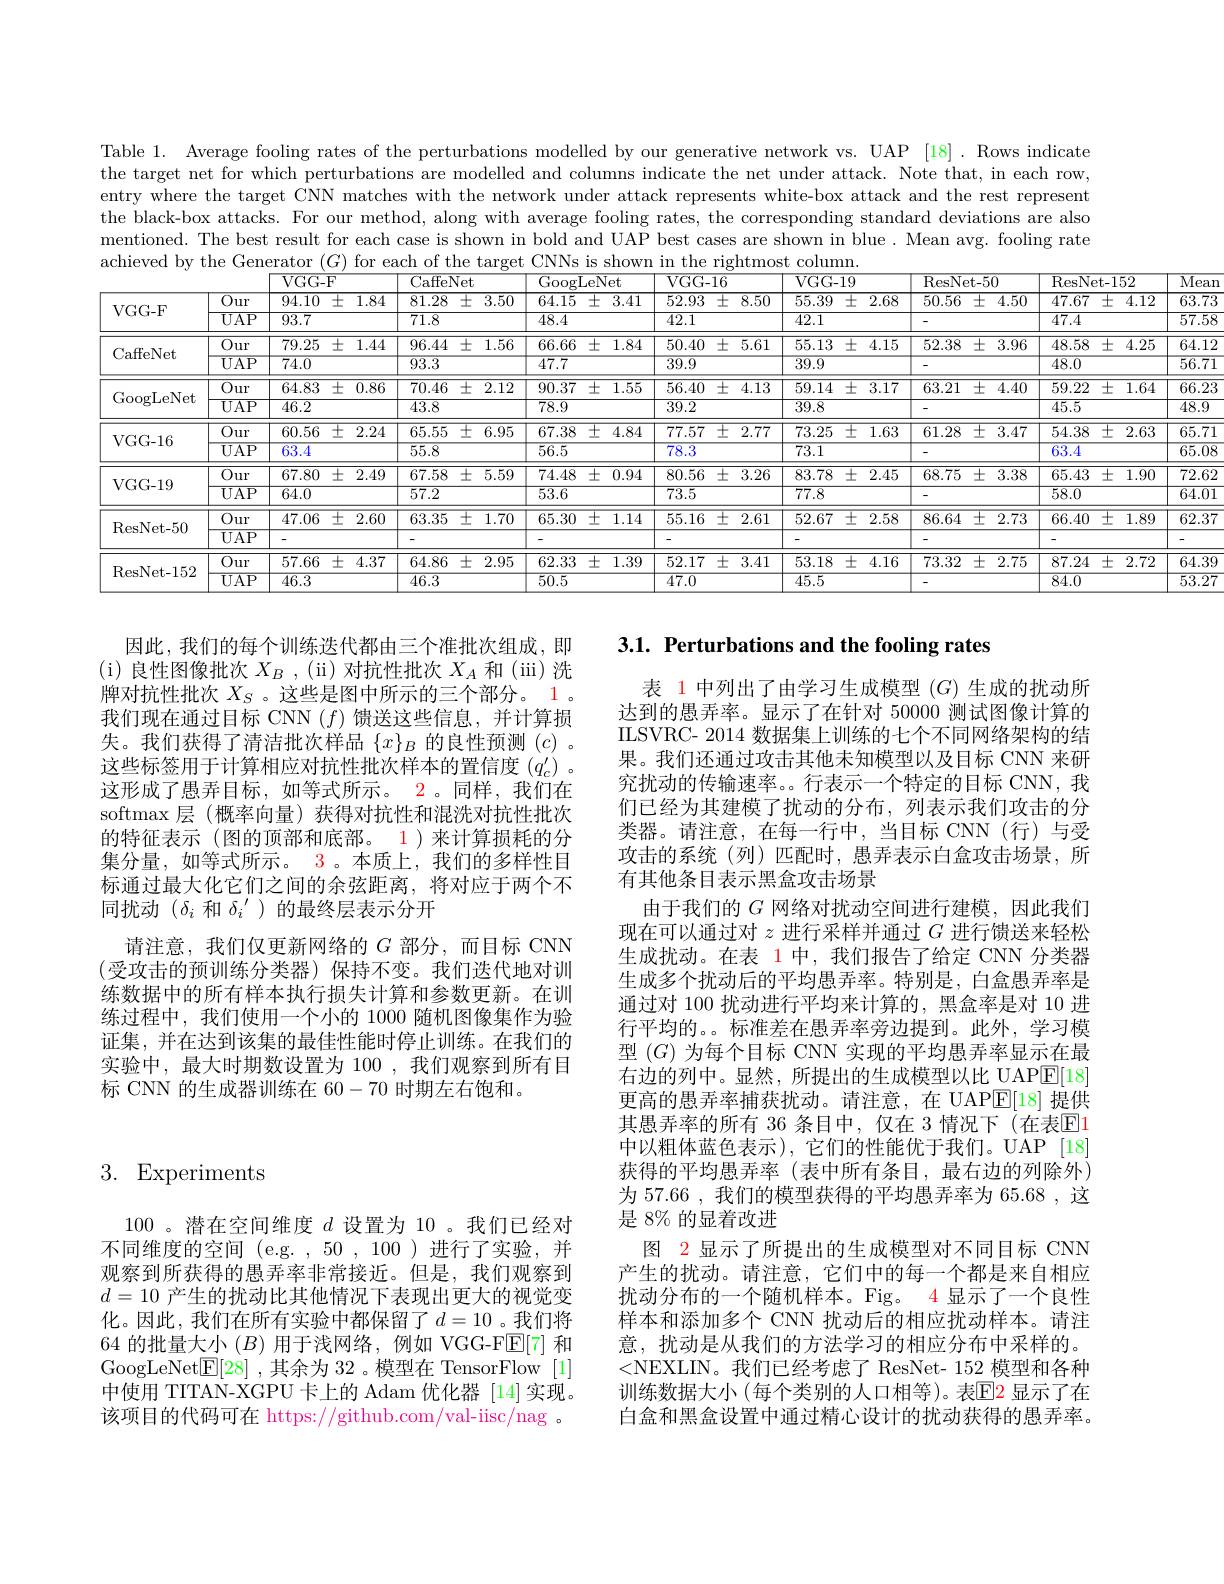
Table 1. Average fooling rates of the perturbations modelled by our generative network vs. UAP [18]. Rows indicate the target net for which perturbations are modelled and columns indicate the net under attack. Note that, in each row, entry where the target CNN matches with the network under attack represents white-box attack and the rest represent the black-box attacks. For our method, along with average fooling rates, the corresponding standard deviations are also mentioned. The best result for each case is shown in bold and UAP best cases are shown in blue . Mean avg. fooling rate achieved by the Generator $(G)$ for each of the target CNNs is shown in the rightmost column

<table>
	<tbody>
		<tr>
			<th> </th>
			<th> </th>
			<th>$VGG-F$</th>
			<th>$\overline{\mathrm{C}}$</th>
			<th colspan="2">CaffeNet</th>
			<th colspan="3">GoogLeNet</th>
			<th colspan="2">VGG- 16</th>
			<th>$VGG-19$</th>
			<th>$\overline{{\mathrm{GG-19}}}$</th>
			<th colspan="2">ResNet- 50</th>
			<th colspan="3">ResNet-152</th>
			<th rowspan="2">$\overline{\mathrm{Me}}$ $\overline{63}.$</th>
		</tr>
		<tr>
			<th rowspan="2">VGG- F</th>
			<th>$\overline{Our}$</th>
			<th>94.10 王 1.8</th>
			<th>$\overline{84}$ 8</th>
			<th>;1.28 士</th>
			<th>$\overline{3.50}$</th>
			<th>$\overline{64.15}$</th>
			<th>王 5 3</th>
			<th>$\overline{3.41}$</th>
			<th>52.93 王 8.5(</th>
			<th>52.93 土 $8.5C$</th>
			<th>55.39 王</th>
			<th>$\overline{5.39}$ 王 2.68</th>
			<th>$\overline{50.56}$ 士</th>
			<th>$\ddot{j}$ 王 $\overline{4.50}$</th>
			<th>$\overline{47.67}$</th>
			<th>$\overline{7}$ 王</th>
			<th>$\overline{4.12}$</th>
		</tr>
		<tr>
			<td>$\overline{\mathrm{UAP}}$</td>
			<td>93.7</td>
			<td>7</td>
			<td>1.8</td>
			<td> </td>
			<td>$\overline{48.4}$</td>
			<td> </td>
			<td> </td>
			<td>42.1</td>
			<td>$\overline{42.1}$</td>
			<td>42.1</td>
			<td>2.1</td>
			<td> </td>
			<td> </td>
			<td>$\overline{47.4}$</td>
			<td> </td>
			<td> </td>
			<td>$\overline{57}.$</td>
		</tr>
		<tr>
			<td rowspan="2">CaffeNet</td>
			<td>$\overline{Our}$</td>
			<td>79.25 土 1.4</td>
			<td>.44 $9\epsilon$</td>
			<td>16.44 土</td>
			<td>1.56</td>
			<td>66.66</td>
			<td>6 士 </td>
			<td>1.84</td>
			<td>50.40 土 5.61</td>
			<td>50.40 土 5.61</td>
			<td>士 55.13</td>
			<td>5.13 士 4.15</td>
			<td>52.38 士</td>
			<td>士 3.96</td>
			<td>48.58</td>
			<td>王 .8</td>
			<td>4.25</td>
			<td>$\overline{64}.$</td>
		</tr>
		<tr>
			<td>$\overline{\mathrm{UAP}}$</td>
			<td>$\overline{74.0}$</td>
			<td>$\overline{9}$</td>
			<td>$\overline{13.3}$</td>
			<td> </td>
			<td>$\overline{47.7}$</td>
			<td> </td>
			<td> </td>
			<td>$\overline{39.9}$</td>
			<td>39.9</td>
			<td>$\overline{39.9}$</td>
			<td>$\overline{9.9}$</td>
			<td> </td>
			<td> </td>
			<td>$\overline{48.0}$</td>
			<td> </td>
			<td> </td>
			<td>$\overline{56}$</td>
		</tr>
		<tr>
			<td rowspan="2">GoogLeNet</td>
			<td>$\overline{Our}$</td>
			<td>64.83 士 0.8</td>
			<td>86 $7t$</td>
			<td>70.46 士</td>
			<td>2.12</td>
			<td>90.37</td>
			<td>士 1 7</td>
			<td>1.55</td>
			<td>56.40 士 4.1</td>
			<td>56.40 士 4.13</td>
			<td>士 59.14</td>
			<td>9.14 士 3.17</td>
			<td>63.21 $\pm$</td>
			<td>士 4.40 1</td>
			<td>59.22</td>
			<td>王 2</td>
			<td>1.64</td>
			<td>66</td>
		</tr>
		<tr>
			<td>$\overline{\mathrm{UAP}}$</td>
			<td>$\overline{46.2}$</td>
			<td>$\overline{4{:}}$</td>
			<td>:3.8</td>
			<td> </td>
			<td>$\overline{78.9}$</td>
			<td> </td>
			<td> </td>
			<td>39.2</td>
			<td>39.2</td>
			<td>39.8</td>
			<td>9.8</td>
			<td> </td>
			<td> </td>
			<td>$\overline{45.5}$</td>
			<td> </td>
			<td> </td>
			<td>$\overline{48}$</td>
		</tr>
		<tr>
			<td rowspan="2">VGG- 16</td>
			<td>$\overline{Our}$</td>
			<td>60.56 王 2.2</td>
			<td>6! 24</td>
			<td>$i5.55$ 十</td>
			<td>6.95</td>
			<td>67.38</td>
			<td>王 8 $\angle$</td>
			<td>4.84</td>
			<td>77.57 王 $2.7^{\prime}$</td>
			<td>77.57 土 2.77</td>
			<td>土 73.25</td>
			<td>3.25 王 1.63</td>
			<td>61.28 土</td>
			<td>$\pm$ 3.47</td>
			<td>54.38</td>
			<td>王 :8</td>
			<td>2.63</td>
			<td>$\overline{65}$</td>
		</tr>
		<tr>
			<td>$\overline{\mathrm{UAP}}$</td>
			<td>63.4</td>
			<td>$\overline{5!}$</td>
			<td>$\overline{5.8}$</td>
			<td> </td>
			<td>$\overline{56.5}$</td>
			<td> </td>
			<td> </td>
			<td>78.3</td>
			<td>78.3</td>
			<td>$\overline{73.1}$</td>
			<td>$\overline{3.1}$</td>
			<td> </td>
			<td> </td>
			<td>$\overline{63.4}$</td>
			<td> </td>
			<td> </td>
			<td>$\overline{65}$</td>
		</tr>
		<tr>
			<td rowspan="2">VGG- 19</td>
			<td>$\overline{Our}$</td>
			<td>67.80 土 2.4</td>
			<td>49 $6'$</td>
			<td>$i7.58$ 士 K 1</td>
			<td>5.59</td>
			<td>74.48</td>
			<td>8 士 10</td>
			<td>0.94</td>
			<td>80.56 土 $3.2\epsilon$</td>
			<td>30.56 土 $3.2€$</td>
			<td>士 83.78</td>
			<td>3.78 士 2.45</td>
			<td>68.75 士</td>
			<td>士 3.38 1</td>
			<td>65.43</td>
			<td>士 3</td>
			<td>$\overline{1.90}$</td>
			<td>$\overline{72}$</td>
		</tr>
		<tr>
			<td>$\overline{\mathrm{UAP}}$</td>
			<td>64.0</td>
			<td>$\overline{5^{\prime}}$</td>
			<td>$\overline{7.2}$</td>
			<td> </td>
			<td>$\overline{53.6}$</td>
			<td> </td>
			<td> </td>
			<td>$\overline{73.5}$</td>
			<td>$\overline{73.5}$</td>
			<td>$\overline{77.8}$</td>
			<td>$\overline{7.8}$</td>
			<td> </td>
			<td> </td>
			<td>$\overline{58.0}$</td>
			<td> </td>
			<td> </td>
			<td>$\overline{64}.$</td>
		</tr>
		<tr>
			<td rowspan="2">ResNet- 50</td>
			<td>$\overline{Our}$</td>
			<td>47.06 王 2.6</td>
			<td>60 6</td>
			<td>$i3.35$ 土</td>
			<td>1.70</td>
			<td>65.30</td>
			<td>王 0 1</td>
			<td>1.14</td>
			<td>55.16 王 2.61</td>
			<td>$\overline{55.16}$ $\pm$ 2.61</td>
			<td>52.67 土</td>
			<td>2.67 王 2.58</td>
			<td>86.64 王</td>
			<td>1 $\pm$ 2.73</td>
			<td>66.40</td>
			<td>王 0</td>
			<td>1.89</td>
			<td>$\overline{62}.$</td>
		</tr>
		<tr>
			<td>$\overline{\mathrm{UAP}}$</td>
			<td rowspan="1"> </td>
			<td> </td>
			<td> </td>
			<td> </td>
			<td>-</td>
			<td> </td>
			<td> </td>
			<td> </td>
			<td> </td>
			<td> </td>
			<td> </td>
			<td>-</td>
			<td> </td>
			<td>-</td>
			<td> </td>
			<td> </td>
			<td>-</td>
		</tr>
		<tr>
			<td rowspan="2">ResNet- 152</td>
			<td>$\overline{Our}$</td>
			<td>57.66 土 4.3</td>
			<td>37 </td>
			<td>$i4.86$ 士 1</td>
			<td>2.95</td>
			<td>62.33</td>
			<td> 士 </td>
			<td>1.39</td>
			<td>52.17 土 3.41</td>
			<td>52.17 土 3.41</td>
			<td>士 53.18 $k$ </td>
			<td>3.18 土 4.16</td>
			<td>73.32 </td>
			<td>2.75 土</td>
			<td>87.24</td>
			<td colspan="3">37.24 2.72 64.</td>
		</tr>
		<tr>
			<td>$\overline{\mathrm{UAP}}$</td>
			<td rowspan="1">$\overline{46.3}$</td>
			<td>$\overline{4\epsilon}$</td>
			<td>:6.3</td>
			<td> </td>
			<td colspan="2">$\overline{50.5}$</td>
			<td> </td>
			<td>$\overline{47.0}$</td>
			<td>$\overline{47.0}$</td>
			<td>$\overline{45.5}$</td>
			<td>$\overline{5.5}$</td>
			<td> </td>
			<td> </td>
			<td colspan="3">$\overline{84.0}$ $\overline{5}$</td>
			<td>$\overline{53}$</td>
		</tr>
	</tbody>
</table>

3.1. Perturbations and the fooling rates

因此，我们的每个训练迭代都由三个准批次组成，即(i)良性图像批次$X_B$, (ii) 对抗性批次$X_A$和(iii)洗牌对抗性批次$X_S$ 。这些是图中所示的三个部分。1。我们现在通过目标 CNN $(f)$馈送这些信息，并计算损失。我们获得了清洁批次样品$\{x\}_B$的良性预测$(c)$ 。这些标签用于计算相应对抗性批次样本的置信度$(q_c^{\prime})$ 。这形成了愚弄目标，如等式所示。2。同样，我们在softmax 层(概率向量)获得对抗性和混洗对抗性批次的特征表示 (图的顶部和底部。1)来计算损耗的分集分量，如等式所示。3。本质上，我们的多样性目标通过最大化它们之间的余弦距离，将对应于两个不同扰动$(\delta_i$和$\delta_i^{\prime}$ )的最终层表示分开
请注意，我们仅更新网络的$G$部分，而目标 CNN (受攻击的预训练分类器)保持不变。我们迭代地对训练数据中的所有样本执行损失计算和参数更新。在训练过程中，我们使用一个小的 1000 随机图像集作为验证集，并在达到该集的最佳性能时停止训练。在我们的实验中，最大时期数设置为 100 ,我们观察到所有目标 CNN 的生成器训练在 60-70时期左右饱和。

表 1 中列出了由学习生成模型$(G)$生成的扰动所达到的愚弄率。显示了在针对 50000 测试图像计算的ILSVRC- 2014 数据集上训练的七个不同网络架构的结果。我们还通过攻击其他未知模型以及目标 CNN 来研究扰动的传输速率。。行表示一个特定的目标 CNN,我们已经为其建模了扰动的分布，列表示我们攻击的分类器。请注意，在每一行中，当目标 CNN(行)与受攻击的系统(列)匹配时，愚弄表示白盒攻击场景，所有其他条目表示黑盒攻击场景
由于我们的$G$网络对扰动空间进行建模，因此我们现在可以通过对$z$进行采样并通过$G$进行馈送来轻松生成扰动。在表 1中，我们报告了给定 CNN 分类器生成多个扰动后的平均愚弄率。特别是，白盒愚弄率是通过对 100 扰动进行平均来计算的，黑盒率是对 10 进行平均的。。标准差在愚弄率旁边提到。此外，学习模型$(G)$为每个目标 CNN 实现的平均愚弄率显示在最右边的列中。显然，所提出的生成模型以比 UAP$\boxed{\mathrm{F}}[18]$ 更高的愚弄率捕获扰动。请注意，在 UAP$\mathbb{E}[18]$提供其愚弄率的所有 36 条目中，仅在 3 情况下 (在表$\mathbb{E}$1中以粗体蓝色表示),它们的性能优于我们。UAP[18] 获得的平均愚弄率(表中所有条目，最右边的列除外) 为 57.66 , 我们的模型获得的平均愚弄率为 65.68 , 这是 8% 的显着改进
图 2 显示了所提出的生成模型对不同目标 CNN 产生的扰动。请注意，它们中的每一个都是来自相应扰动分布的一个随机样本。Fig。4 显示了一个良性样本和添加多个 CNN 扰动后的相应扰动样本。请注意，扰动是从我们的方法学习的相应分布中采样的。<NEXLIN。我们已经考虑了 ResNet- 152 模型和各种训练数据大小 (每个类别的人口相等)。表$\color{red}{\mathrm{E}}\color{blue}{\mathrm{E}}\color{red}{\mathrm{E}}\color{red}{\mathrm{~显示了在}}$ 白盒和黑盒设置中通过精心设计的扰动获得的愚弄率。

# 3. Experiments

100 。潜在空间维度$d$设置为 10 。我们已经对不同维度的空间 (e.g. ,50 ,100 )进行了实验，并观察到所获得的愚弄率非常接近。但是，我们观察到$d=10$产生的扰动比其他情况下表现出更大的视觉变化。因此，我们在所有实验中都保留了$d=10$。我们将64 的批量大小$(B)$用于浅网络，例如 VGG-F$\overline{\mathbb{E}}[7]$和GoogLeNet$\boxed{\mathrm{E}}[28]$ ,其余为 32 。模型在 TensorFlow [1] 中使用 TITAN-XGPU 卡上的 Adam 优化器 [14]实现。该项目的代码可在 https://github.com/val-iisc/nag 。